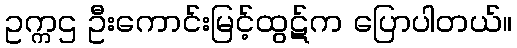
ဥက္ကဌ ဦးကောင်းမြင့်ထွဋ်က ပြောပါတယ်။